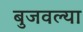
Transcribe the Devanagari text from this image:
बुजवल्या